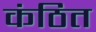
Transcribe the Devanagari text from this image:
कंठित